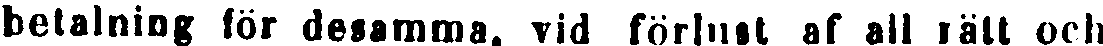
betalning för desamma, vid förlust af all rätt och